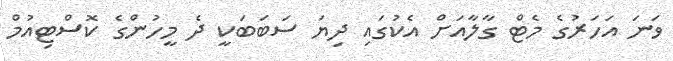
ވަނަ އަހަރުގެ މެޓް ގާލާއަށް އެކުގައި ދިޔަ ސަބަބަކީ ދެ މީހުންގެ ކޮސްޓިއުމް